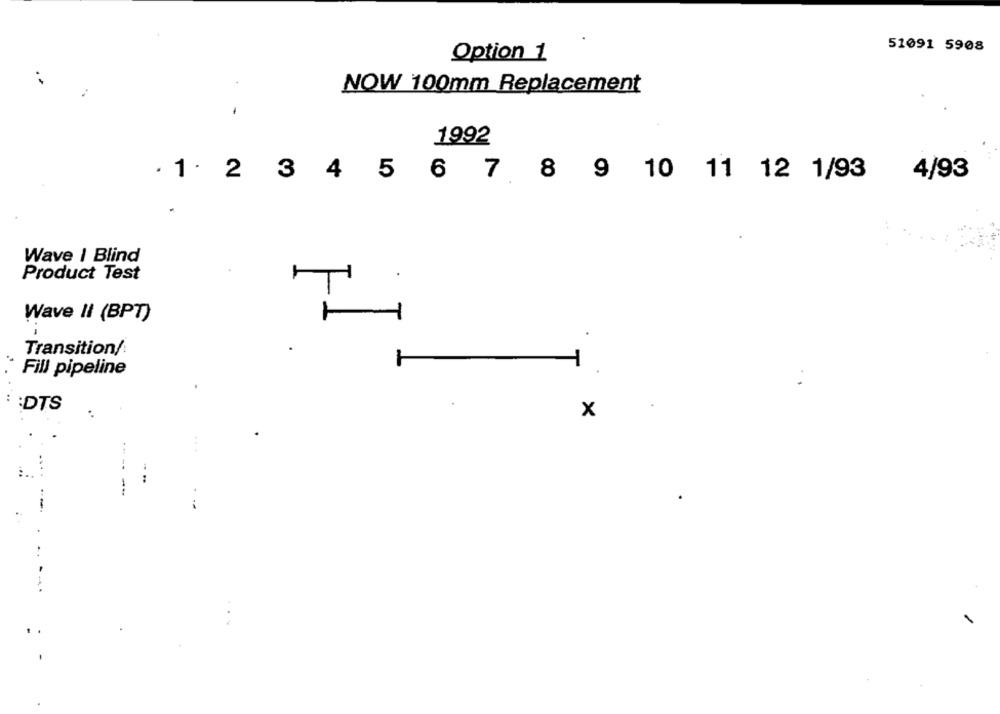
51091 5908
Option 1
NOW 100mm Replacement
1
1992
. 1. 2
3
4
5
6 7 8 9 10 11 12 1/93
£
4/93
Wave I Blind
Product Test
Wave II (BPT)
1
Transition/
Fill pipeline
:DTS
x
-.
-